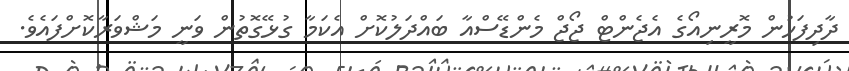
ދާދިފަހުން މޮރީނިއޯގެ އެޖެންޓް ޖޯޖް މެންޑޭސްއާ ބައްދަލުކޮށް އެކަމާ ގުޅޭގޮތުން ވަނީ މަޝްވަރާކޮށްފައެވެ.